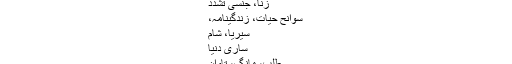
زنا، جنسی تشدد
سوانح حیات، زندگینامہ،
سیریا، شام
ساری دنیا
طلب، مانگ، تاوان